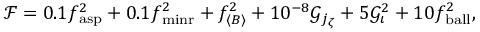
\mathcal { F } = 0 . 1 f _ { \mathrm { a s p } } ^ { 2 } + 0 . 1 f _ { \mathrm { m i n r } } ^ { 2 } + f _ { \langle B \rangle } ^ { 2 } + 1 0 ^ { - 8 } \mathcal { G } _ { j _ { \zeta } } + 5 \mathcal { G } _ { \iota } ^ { 2 } + 1 0 f _ { \mathrm { b a l l } } ^ { 2 } ,